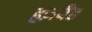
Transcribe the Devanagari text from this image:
हज़बैंड